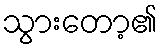
သွားတော့၏